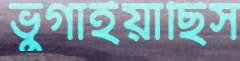
ভুগাইয়াছিস